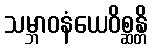
သမ္ဘာဝနံယေဝိစ္ဆန္တိ